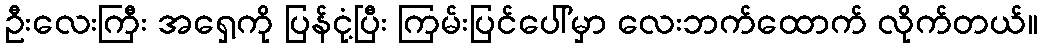
ဦးလေးကြီး အရှေ့ကို ပြန်ငုံ့ပြီး ကြမ်းပြင်ပေါ်မှာ လေးဘက်ထောက် လိုက်တယ်။